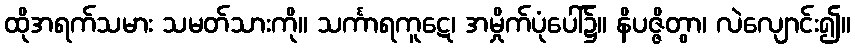
ထိုအရက်သမား သမတ်သားကို။ သင်္ကာရကူဋေ၊ အမှိုက်ပုံပေါ်၌။ နိပဇ္ဇိတွာ၊ လဲလျောင်း၍။